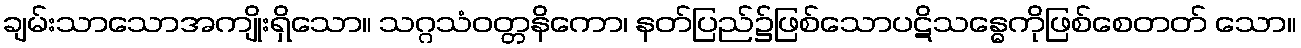
ချမ်းသာသောအကျိုးရှိသော။ သဂ္ဂသံဝတ္တနိကော၊ နတ်ပြည်၌ဖြစ်သောပဋိသန္ဓေကိုဖြစ်စေတတ် သော။